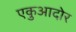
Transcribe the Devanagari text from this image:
एकुआदोर